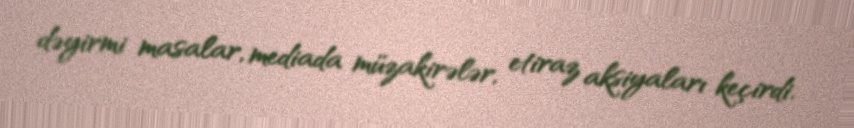
dəyirmi masalar, mediada müzakirələr, etiraz aksiyaları keçirdi.